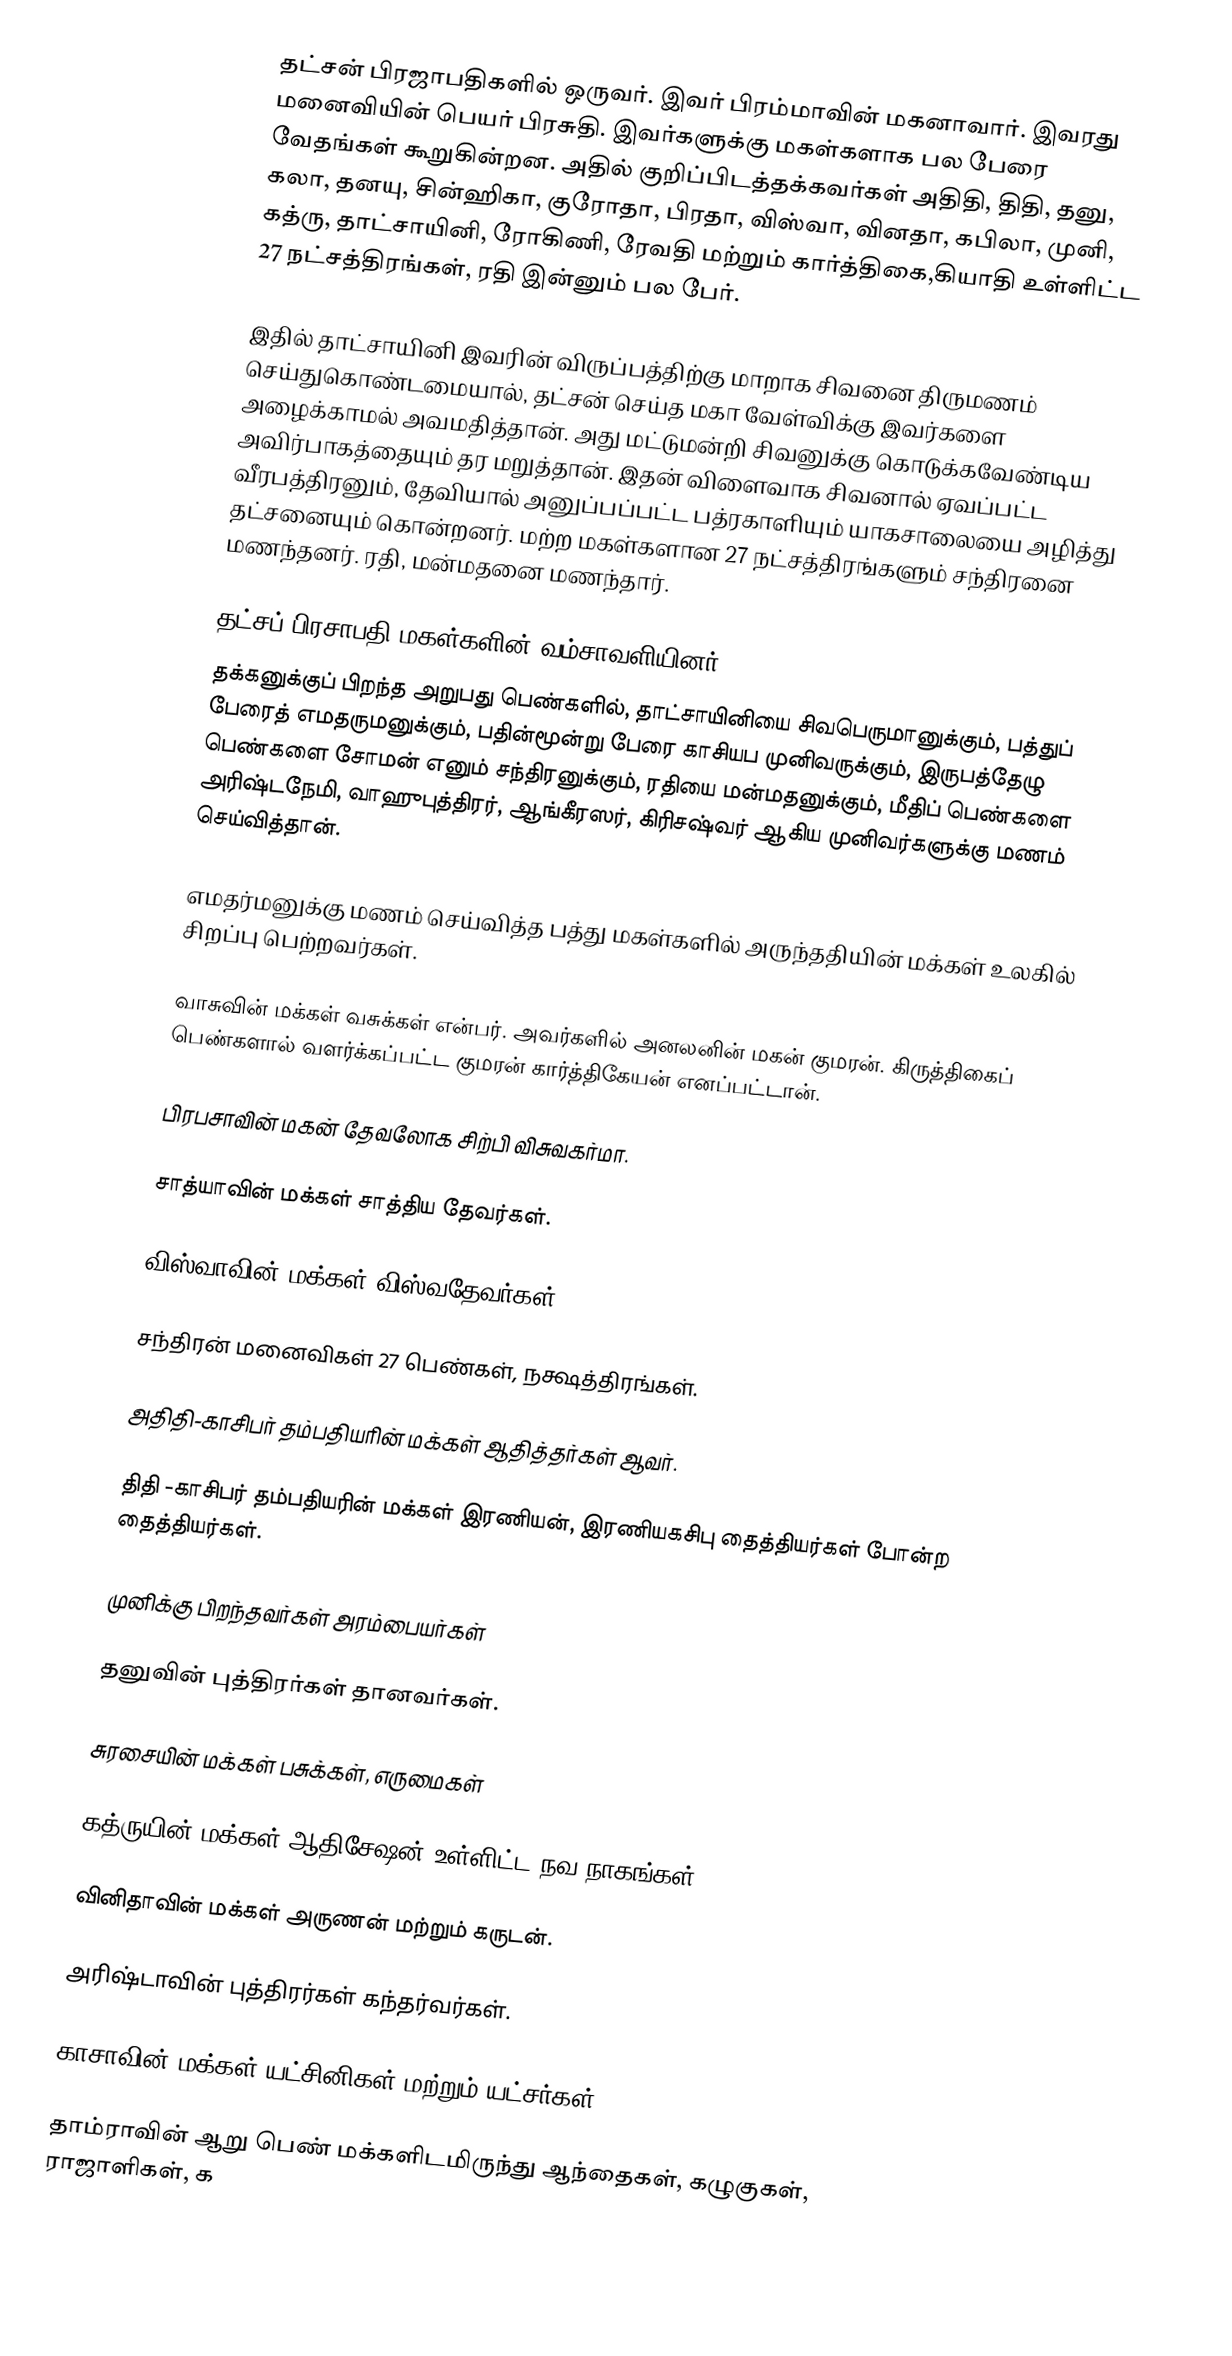
தட்சன் பிரஜாபதிகளில் ஒருவர். இவர் பிரம்மாவின் மகனாவார். இவரது மனைவியின் பெயர் பிரசுதி. இவர்களுக்கு மகள்களாக பல பேரை வேதங்கள் கூறுகின்றன. அதில் குறிப்பிடத்தக்கவர்கள்  அதிதி, திதி, தனு, கலா, தனயு, சின்ஹிகா, குரோதா, பிரதா, விஸ்வா, வினதா, கபிலா, முனி, கத்ரு, தாட்சாயினி, ரோகிணி, ரேவதி மற்றும் கார்த்திகை,கியாதி உள்ளிட்ட 27 நட்சத்திரங்கள், ரதி இன்னும் பல பேர்.

இதில் தாட்சாயினி இவரின் விருப்பத்திற்கு மாறாக சிவனை திருமணம் செய்துகொண்டமையால், தட்சன் செய்த மகா வேள்விக்கு இவர்களை அழைக்காமல் அவமதித்தான். அது மட்டுமன்றி சிவனுக்கு கொடுக்கவேண்டிய அவிர்பாகத்தையும் தர மறுத்தான். இதன் விளைவாக சிவனால் ஏவப்பட்ட வீரபத்திரனும், தேவியால் அனுப்பப்பட்ட பத்ரகாளியும் யாகசாலையை அழித்து தட்சனையும் கொன்றனர். மற்ற மகள்களான 27 நட்சத்திரங்களும் சந்திரனை மணந்தனர். ரதி, மன்மதனை மணந்தார்.

தட்சப் பிரசாபதி மகள்களின் வம்சாவளியினர்
தக்கனுக்குப் பிறந்த அறுபது பெண்களில்,  தாட்சாயினியை சிவபெருமானுக்கும்,  பத்துப் பேரைத் எமதருமனுக்கும், பதின்மூன்று பேரை காசியப முனிவருக்கும், இருபத்தேழு பெண்களை சோமன் எனும் சந்திரனுக்கும், ரதியை மன்மதனுக்கும்,  மீதிப் பெண்களை அரிஷ்டநேமி, வாஹுபுத்திரர், ஆங்கீரஸர், கிரிசஷ்வர் ஆகிய முனிவர்களுக்கு மணம் செய்வித்தான்.

எமதர்மனுக்கு மணம் செய்வித்த பத்து மகள்களில் அருந்ததியின் மக்கள் உலகில் சிறப்பு பெற்றவர்கள்.

வாசுவின் மக்கள் வசுக்கள் என்பர். அவர்களில் அனலனின் மகன் குமரன். கிருத்திகைப் பெண்களால் வளர்க்கப்பட்ட குமரன் கார்த்திகேயன் எனப்பட்டான்.

பிரபசாவின் மகன் தேவலோக சிற்பி விசுவகர்மா.

சாத்யாவின் மக்கள் சாத்திய தேவர்கள்.

விஸ்வாவின் மக்கள் விஸ்வதேவர்கள்.

சந்திரன் மனைவிகள் 27 பெண்கள், நக்ஷத்திரங்கள்.

அதிதி-காசிபர் தம்பதியரின் மக்கள் ஆதித்தர்கள் ஆவர்.

திதி -காசிபர் தம்பதியரின் மக்கள் இரணியன், இரணியகசிபு  தைத்தியர்கள் போன்ற தைத்தியர்கள்.

முனிக்கு பிறந்தவர்கள் அரம்பையர்கள்

தனுவின் புத்திரர்கள் தானவர்கள்.

சுரசையின் மக்கள் பசுக்கள், எருமைகள்

கத்ருயின் மக்கள் ஆதிசேஷன் உள்ளிட்ட நவ நாகங்கள்

வினிதாவின் மக்கள் அருணன் மற்றும் கருடன்.

அரிஷ்டாவின் புத்திரர்கள் கந்தர்வர்கள்.

காசாவின் மக்கள் யட்சினிகள் மற்றும் யட்சர்கள்.

தாம்ராவின் ஆறு பெண் மக்களிடமிருந்து ஆந்தைகள், கழுகுகள், ராஜாளிகள், க